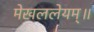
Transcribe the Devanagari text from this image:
मेखललेयम्॥